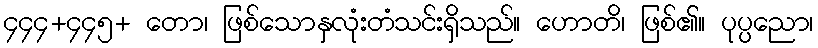
၄၄၄+၄၄၅+ တော၊ ဖြစ်သောနှလုံးတံသင်းရှိသည်။ ဟောတိ၊ ဖြစ်၏။ ပုပ္ပညော၊